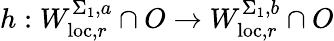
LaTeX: h:W_{\mathrm{loc},r}^{\Sigma_{1},a}\cap O\to W_{\mathrm{loc},r}^{\Sigma_{1},b}\cap O